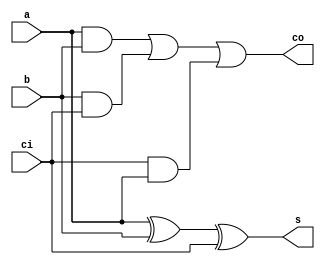
module csa (a, b, ci, s, co);                     // carry save adder (csa)
    input  a, b, ci;                              // inputs:  a, b, carry_in
    output s, co;                                 // outputs: sum, carry_out
    assign s  = a ^ b ^ ci;                       // sum of inputs
    assign co = a & b | b & ci | ci & a;          // carry_out
endmodule